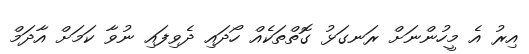
އިރު އެ މީހުންނަށް ރަނގަޅު ގޮތްތަކެއް ހޯދައި ދެވިފައި ނުވާ ކަަމަށް އާދަމް